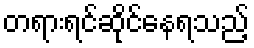
တရားရင်ဆိုင်နေရသည့်